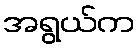
အရွယ်က